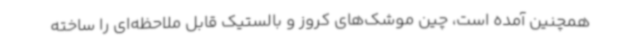
همچنین آمده است، چین موشک‌های کروز و بالستیک قابل ملاحظه‌ای را ساخته